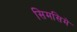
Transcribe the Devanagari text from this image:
सिमसिमे